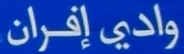
وادیِ افران